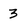
Character: 3